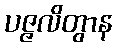
ပဇ္ဇလိတွာန